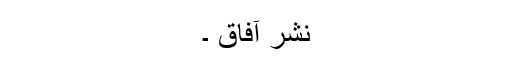
نشر آفاق ۔